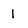
Character: 1